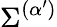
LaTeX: \Sigma^{(\alpha^{\prime})}